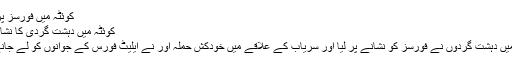
کوئٹہ میں فورسز پر حملہ (18 اکتوبر 2017)
کوئٹہ میں دہشت گردی کا نشانہ بننے والا فورسز کا ٹرک
18 اکتوبر کے روز کوئٹہ میں دہشت گردوں نے فورسز کو نشانے پر لیا اور سریاب کے علاقے میں خودکش حملہ آور نے ایلیٹ فورس کے جوانوں کو لے جانے والے ٹرک کو نشانہ بنایا۔